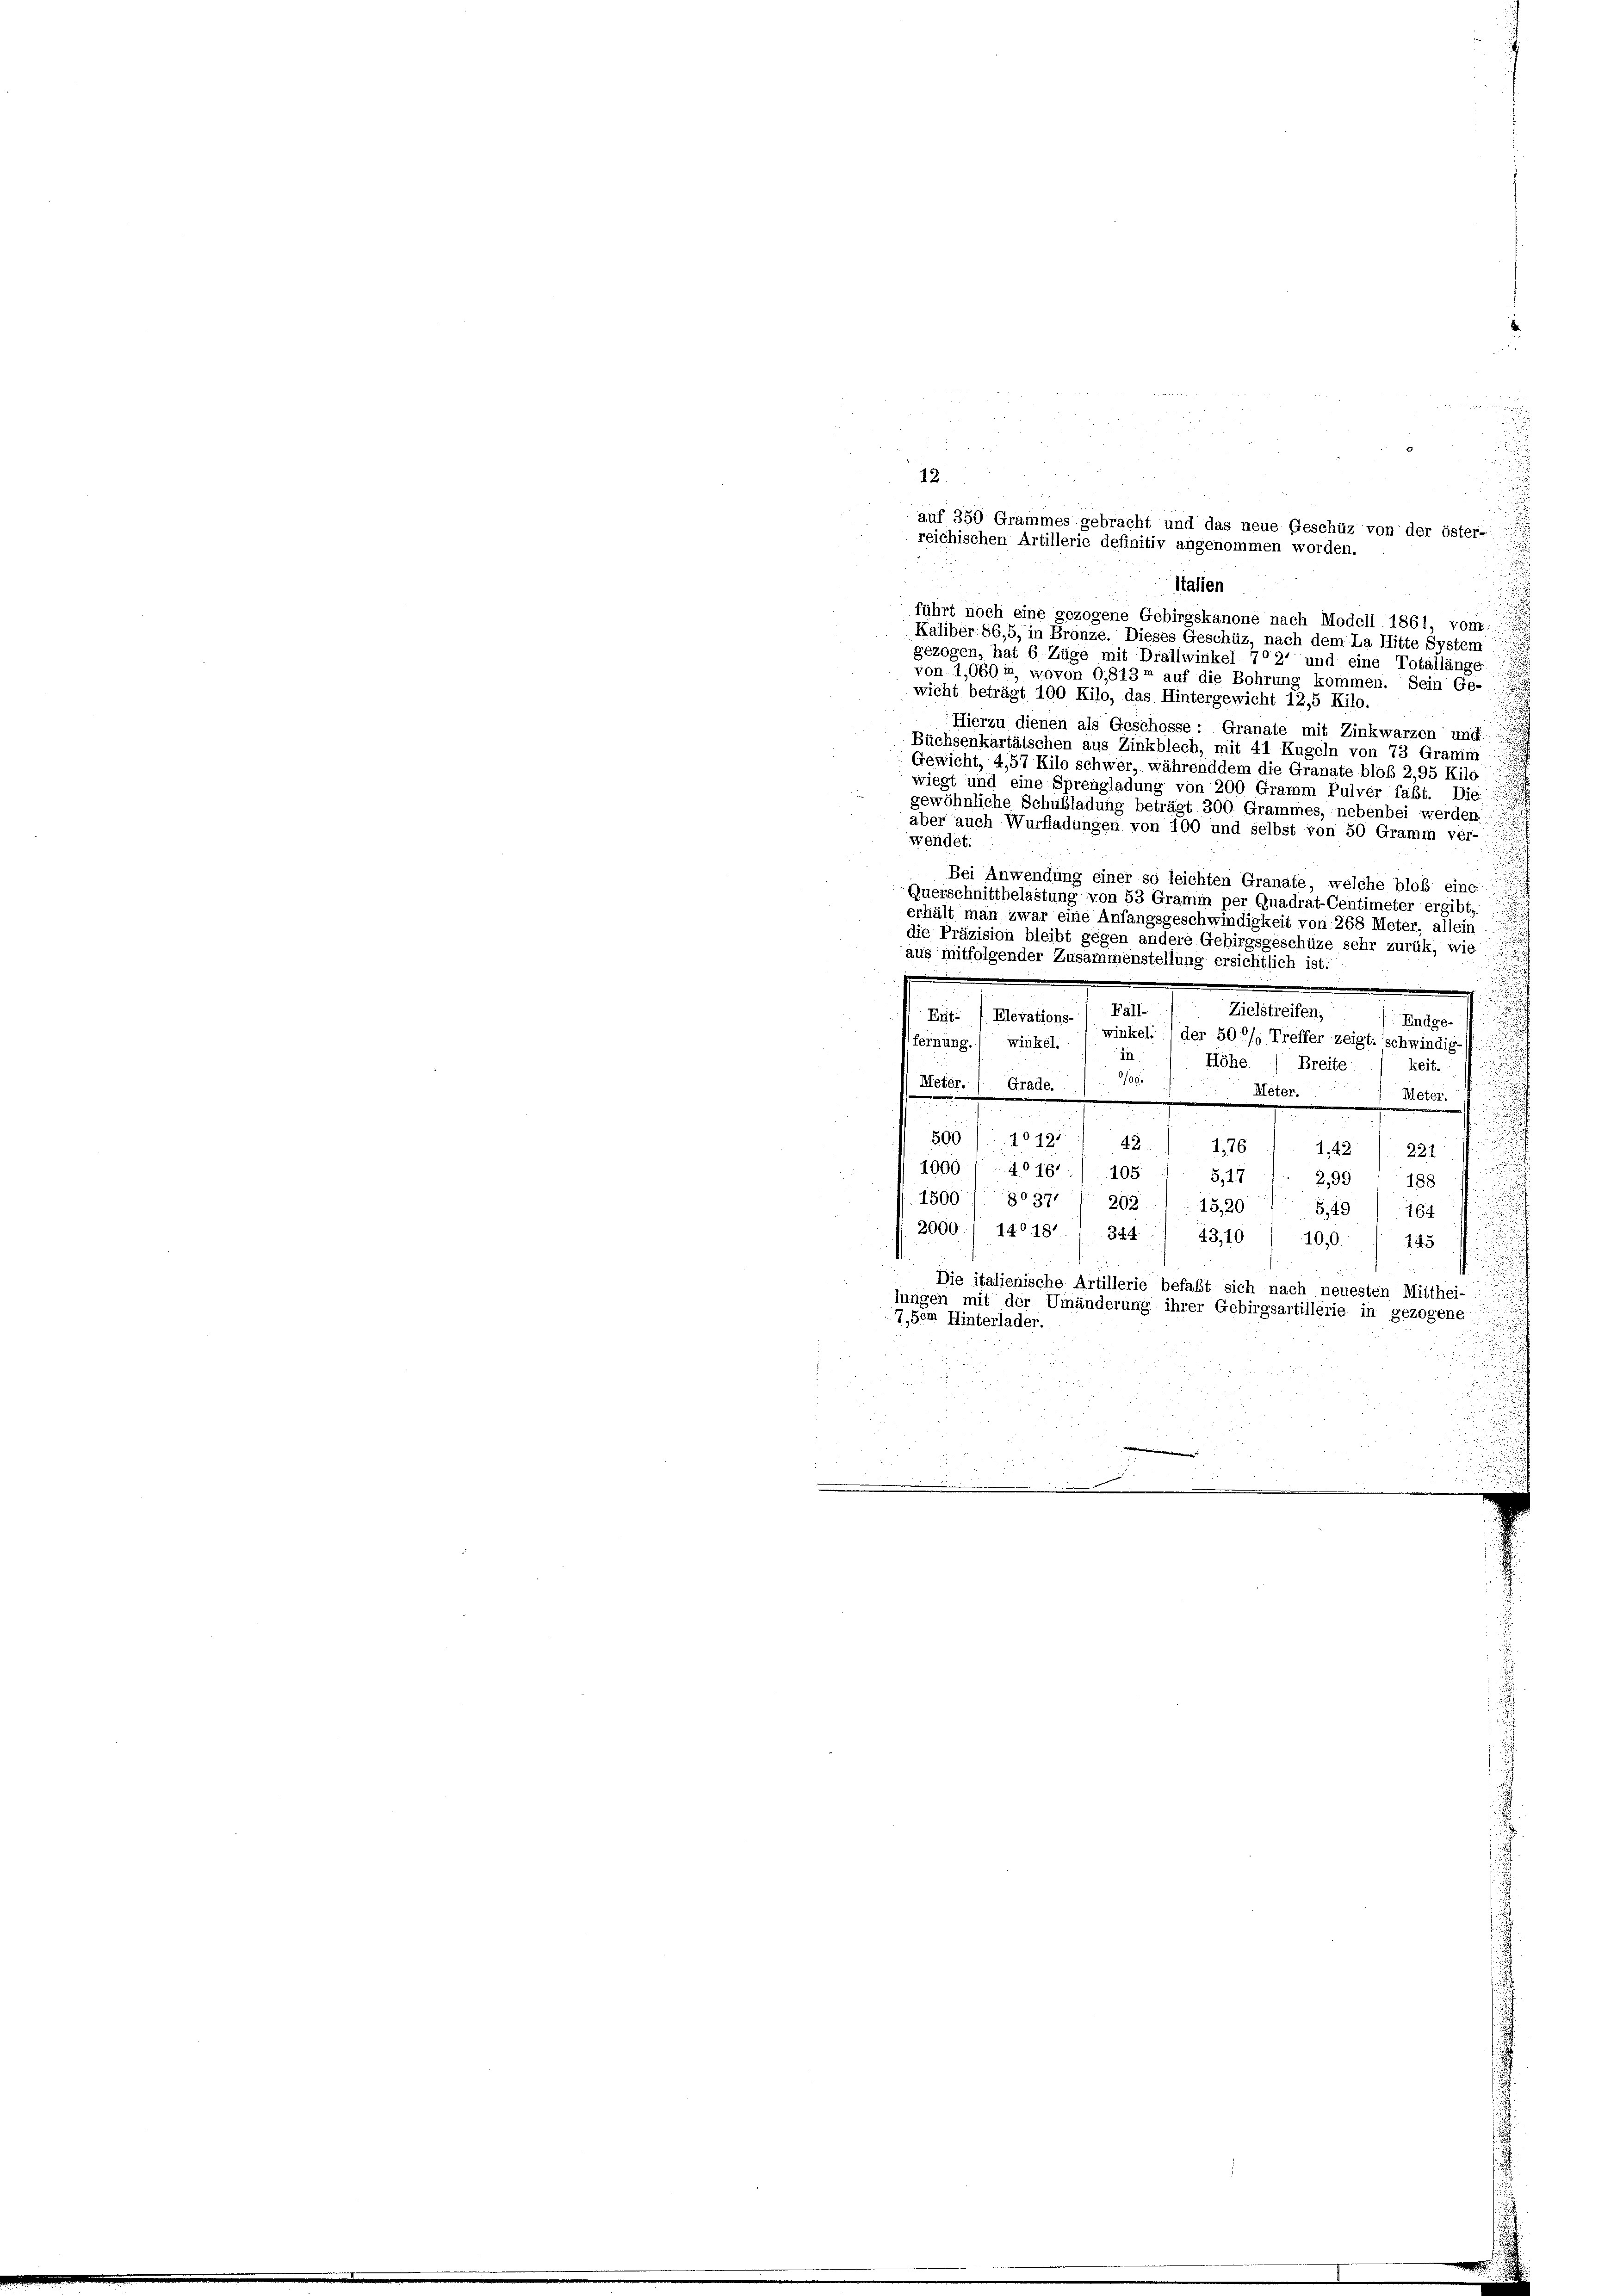
Italien
führt noch eine gezogene Gebirgskanone nach Modell 1861, von
Kaliber 86,5, in Bronze. Dieses Geschüz, nach dem La Hitte System
gezogen, hat 6 Züge mit Drallwinkel 7° 2' und eine Totallänge
von 1,060 r. wovon 0,813 auf die Bohrung kommen. Sein Ge-
wicht beträgt 100 Kilo, das Hintergewicht 12,5 Kilo.
Hierzu dienen als Geschosse: Granate mit Zinkwarzen und
Büchsenkartätschen aus Zinkblech, mit 41 Kugeln von 73 Gramm
Gewicht, 4,57 Kilo schwer, währenddem die Granate bloß 2,95 Kilo
wiegt und eine Sprengladung von 200 Gramm Pulver faßt. Die
gewöhnliche Schubladung beträgt 300 Grammes, nebenbei werden:
aber auch Wurfladungen von 100 und selbst von 50 Gramm ver-
wendet.
.
Bei Anwendung einer so leichten Granate, welche bloß eine
Querschnittbelastung von 53 Gramm per Quadrat-Centimeter ergibt,
erhält man zwar eine Anfangsgeschwindigkeit von 268 Meter, allein
die Präzision bleibt gegen andere Gebirgsgeschüze sehr zurük, wie
aus mitfolgender Zusammenstellung ersichtlich ist.
c

Zielstreifen,
Eut- (Elevations / Fäll
Endge-
ffernung.1 wirken. / winkel der 500/ Treffer zeigt: schwindig
i
in
a
Höhe
Breite:
keit.
/05.
u
Meter. ) Grade.
Meter.
.
e
x
n
500 f 1012. 42. 176
1,42
221
u
1000/4016./105 f. 5,17
2,991 188
1500) 8037. 202 /: 15,20
5,49/ 164
2060.) 14018’. / 344 / 43,10) 100. 1145
Die italienische Artillerie befaßt sich nach neuesten Mitthei-
lungen mit der Umänderung ihrer Gebirgsartillerie in gezogene
7, dem Hinterlader.

12
auf 350 Grammes gebracht und das neue Geschüz von der öster-
reichischen Artillerie definitiv angenommen worden.